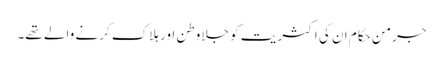
جرمن حکام ان کی اکثریت کو جلاوطن اور ہلاک کرنے والے تھے۔